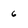
Character: 6